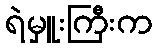
ရဲမှူးကြီးက